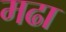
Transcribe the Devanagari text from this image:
मढा